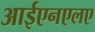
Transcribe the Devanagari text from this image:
आईएनएलए